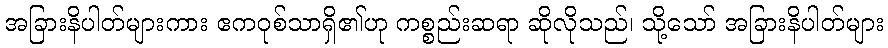
အခြားနိပါတ်များကား ဧကဝုစ်သာရှိ၏ဟု ကစ္စည်းဆရာ ဆိုလိုသည်၊ သို့သော် အခြားနိပါတ်များ